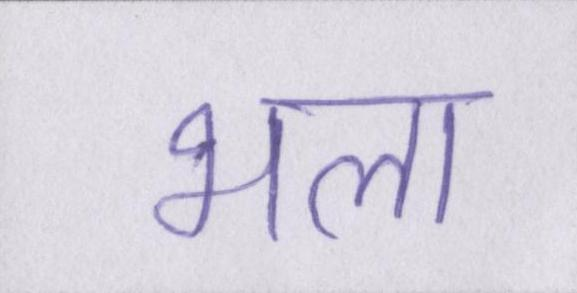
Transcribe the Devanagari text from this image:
भला